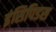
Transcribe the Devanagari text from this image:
इंसिपिडस